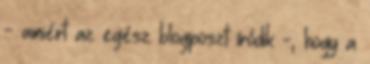
- amiért az egész blogposzt íródik -, hogy a